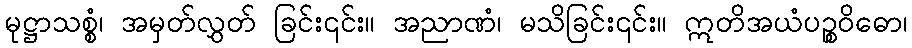
မုဋ္ဌာသစ္စံ၊ အမှတ်လွှတ် ခြင်း၎င်း။ အညာဏံ၊ မသိခြင်း၎င်း။ ဣတိအယံပဉ္စဝိဓော၊